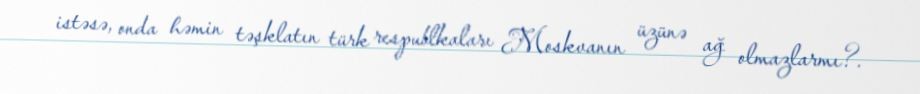
istəsə, onda həmin təşklatın türk respublkaları Moskvanın üzünə ağ olmazlarmı?.